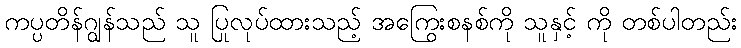
ကပ္ပတိန်ဂျွန်သည် သူ ပြုလုပ်ထားသည့် အကြွေးစနစ်ကို သူနှင့် ကို တစ်ပါတည်း